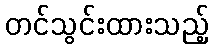
တင်သွင်းထားသည့်